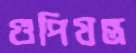
গুপিযন্ত্র